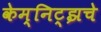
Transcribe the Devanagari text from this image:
केम्निट्झचे